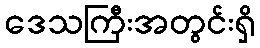
ဒေသကြီးအတွင်းရှိ